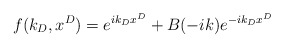
\begin{align*}f(k_D,x^{D})=e^{ik_{D}x^{D}}+B(-ik)e^{-ik_{D}x^{D}}\end{align*}